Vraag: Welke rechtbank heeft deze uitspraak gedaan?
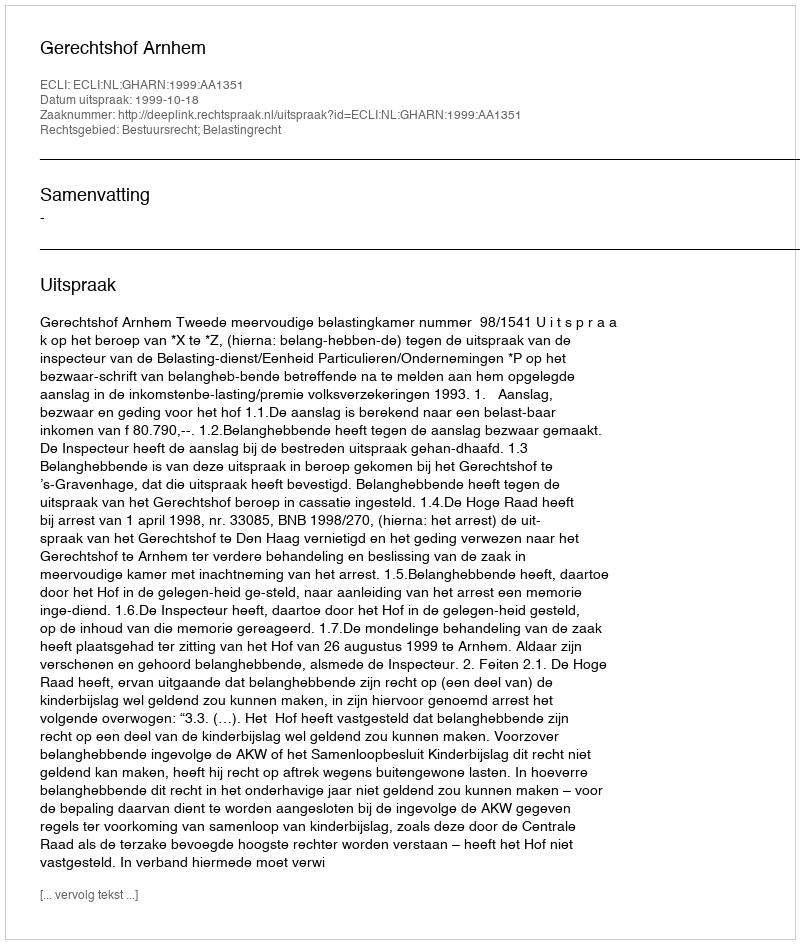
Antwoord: Gerechtshof Arnhem